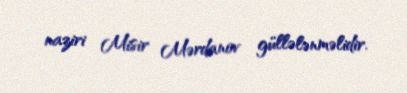
naziri Misir Mərdanov güllələnməlidir.